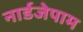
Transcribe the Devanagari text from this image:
नार्डजेपाम